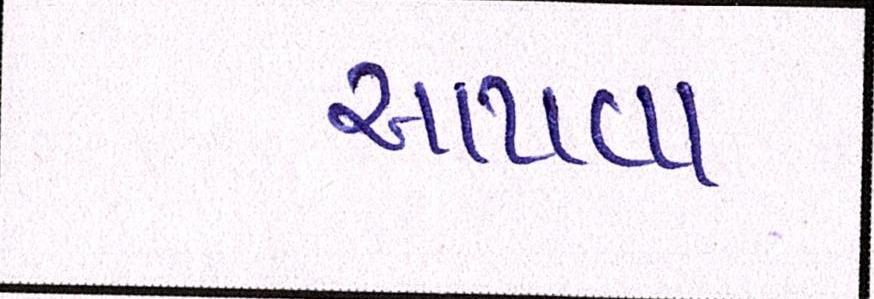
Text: આપવા